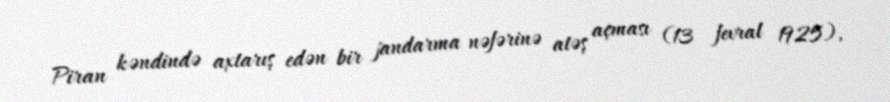
Piran kəndində axtarış edən bir jandarma nəfərinə atəş açması (13 fevral 1925),